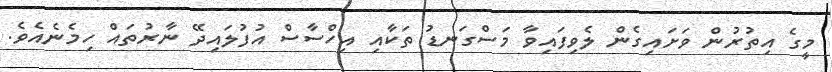
މީގެ އިތުރުން ވަށައިގެން ލެވިފައިވާ މަސްގަނޑު ތަކާއި އިހްސާސް އުފުލައިދޭ ނާރުތައް ހިމެނެއެވެ.